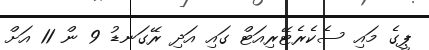
ޕީގެ މައި ސެކެރެޓޭރިއަޓް ގައި އަދި ރޭގަނޑު 9 ން 11 އަށް